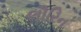
લૌરિન